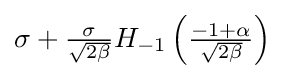
\sigma +{\tfrac {\sigma }{\sqrt {2\beta }}}H_{-1}\left({\tfrac {-1+\alpha }{\sqrt {2\beta }}}\right)